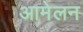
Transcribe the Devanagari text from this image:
आमेलन